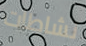
نشاطات